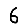
Digit: 6